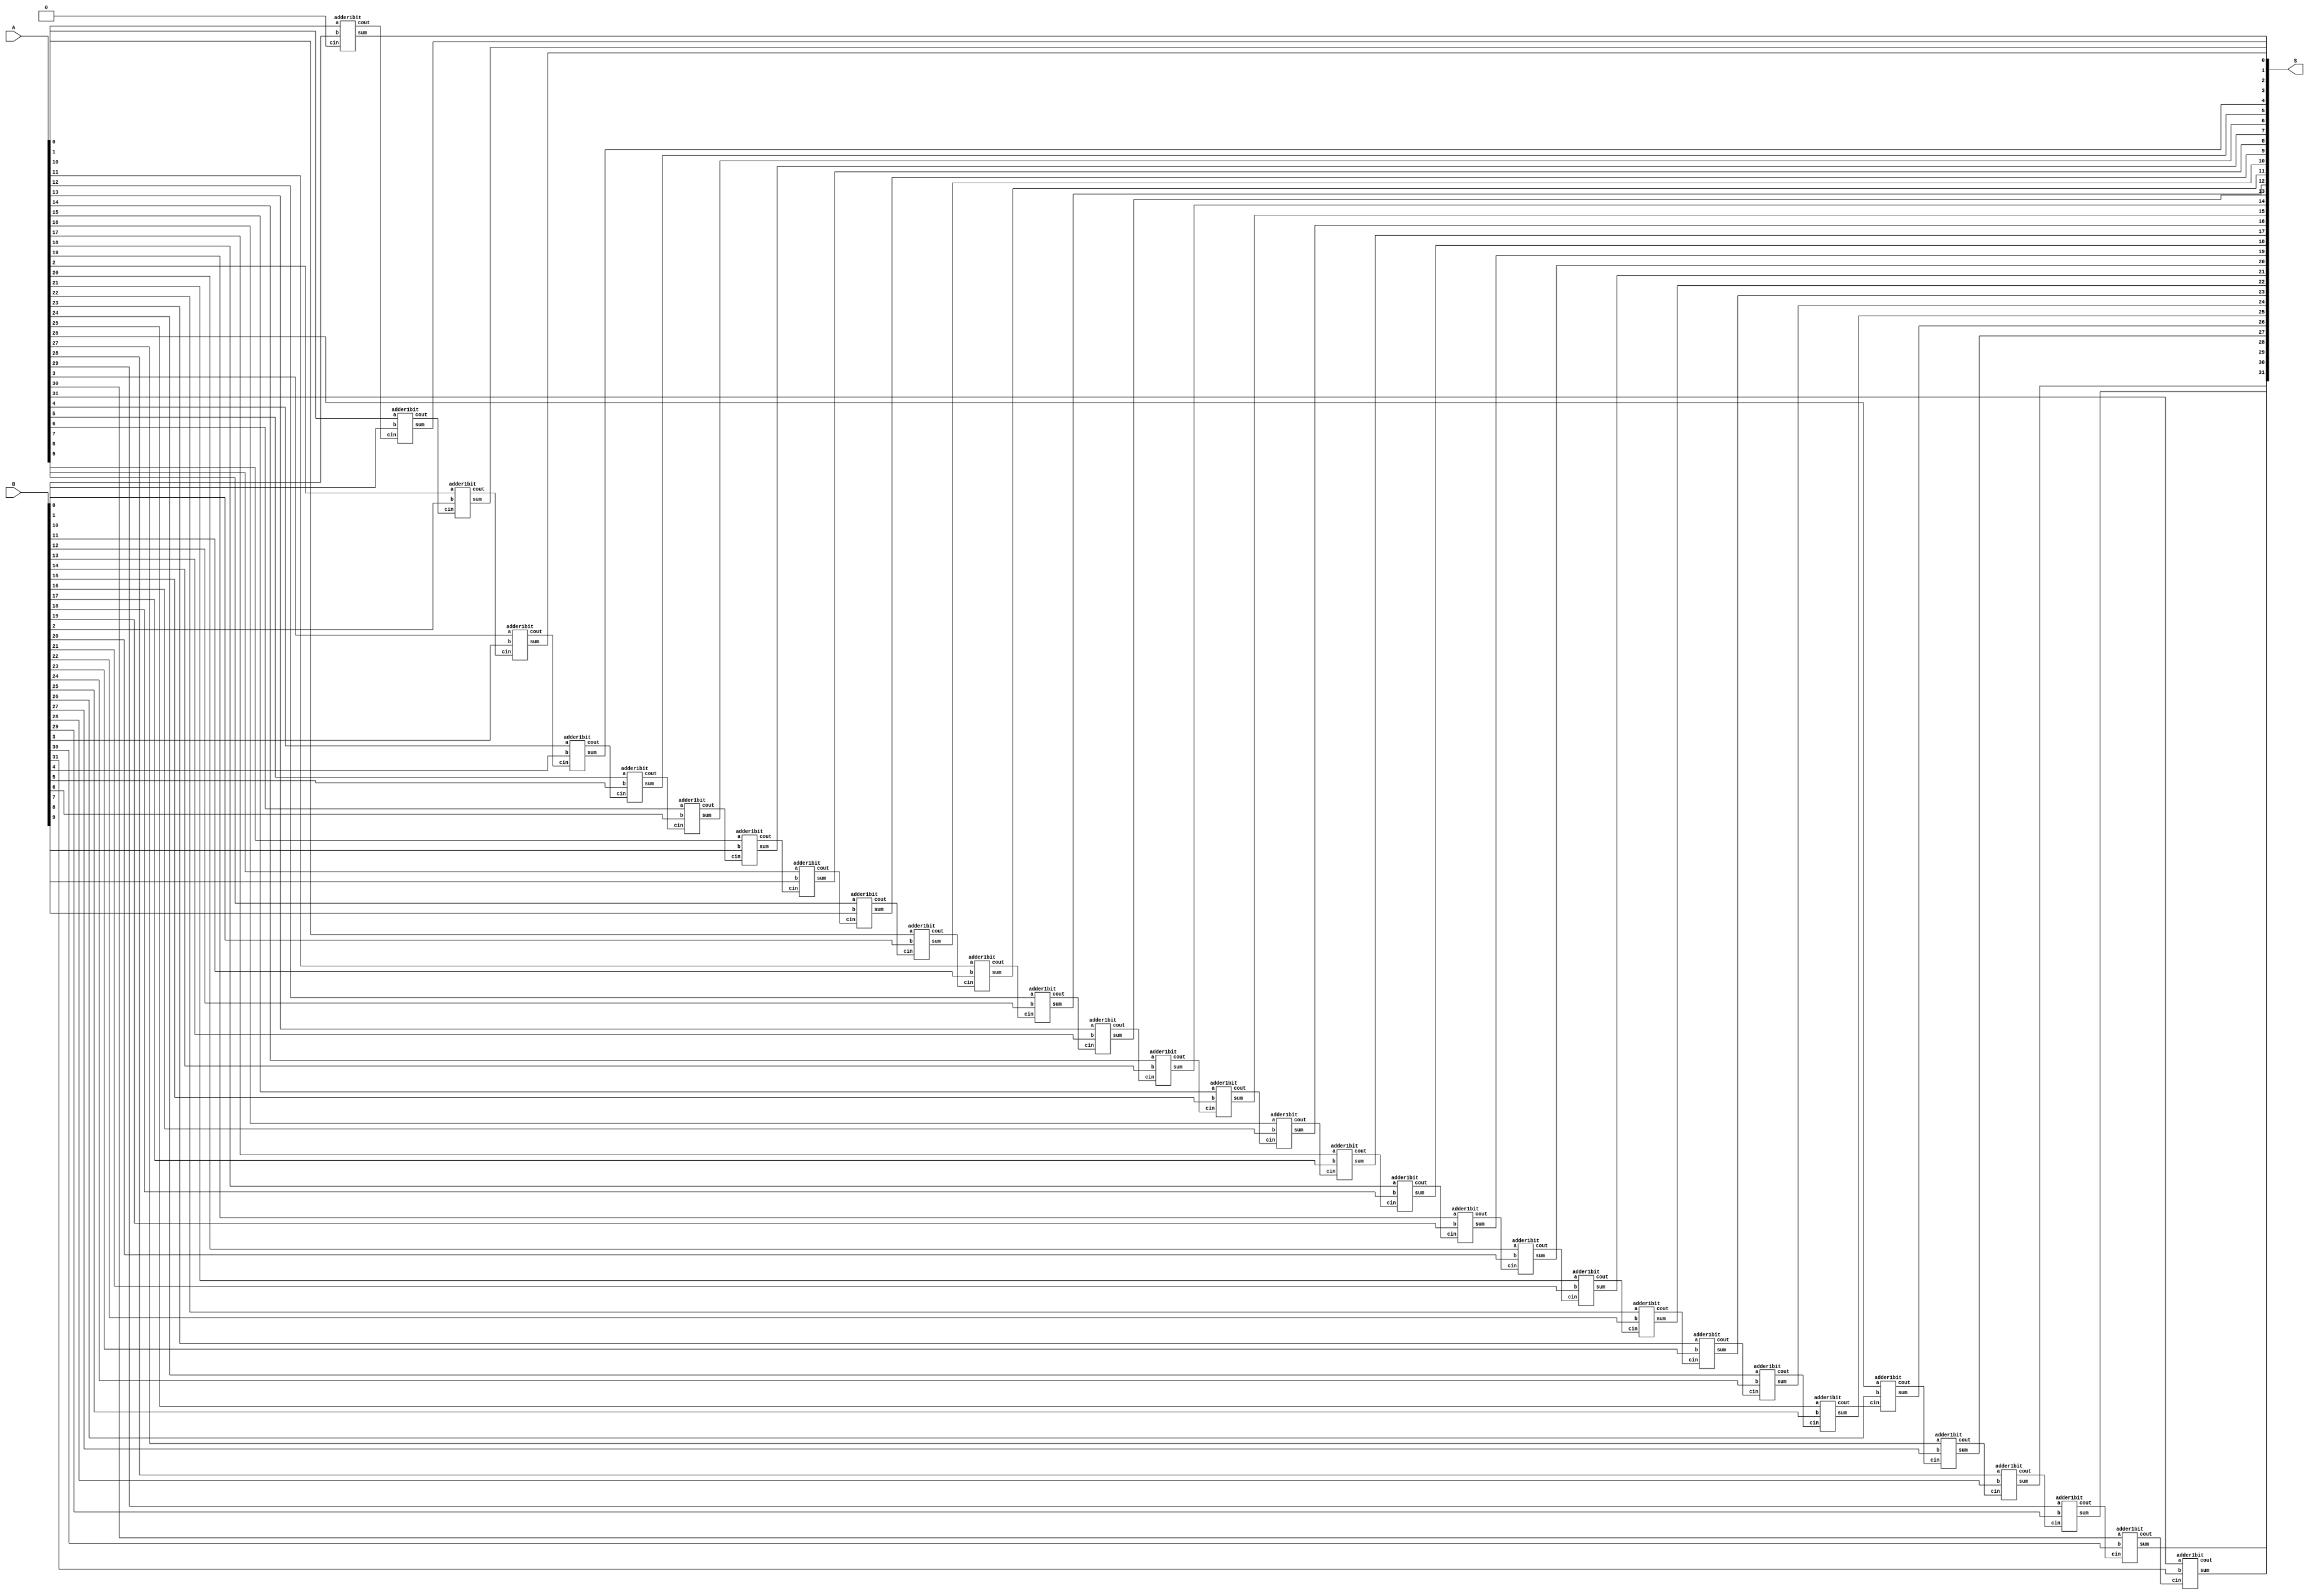
//Designing a 32-bit address

`timescale 1 ps / 100 fs
module Add(S,A,B);
output [31:0] S;
input [31:0] A,B;
wire [31:0] C;
 adder1bit adder1bit0(S[0],C[0],A[0],B[0],1'b0);
 adder1bit adder1bit1(S[1],C[1],A[1],B[1],C[0]);
 adder1bit adder1bit2(S[2],C[2],A[2],B[2],C[1]);
 adder1bit adder1bit3(S[3],C[3],A[3],B[3],C[2]);
 adder1bit adder1bit4(S[4],C[4],A[4],B[4],C[3]);
 adder1bit adder1bit5(S[5],C[5],A[5],B[5],C[4]);
 adder1bit adder1bit6(S[6],C[6],A[6],B[6],C[5]);
 adder1bit adder1bit7(S[7],C[7],A[7],B[7],C[6]);
 adder1bit adder1bit8(S[8],C[8],A[8],B[8],C[7]);
 adder1bit adder1bit9(S[9],C[9],A[9],B[9],C[8]);
 adder1bit adder1bit10(S[10],C[10],A[10],B[10],C[9]);
 adder1bit adder1bit11(S[11],C[11],A[11],B[11],C[10]);
 adder1bit adder1bit12(S[12],C[12],A[12],B[12],C[11]);
 adder1bit adder1bit13(S[13],C[13],A[13],B[13],C[12]);
 adder1bit adder1bit14(S[14],C[14],A[14],B[14],C[13]);
 adder1bit adder1bit15(S[15],C[15],A[15],B[15],C[14]);
 adder1bit adder1bit16(S[16],C[16],A[16],B[16],C[15]);
 adder1bit adder1bit17(S[17],C[17],A[17],B[17],C[16]);
 adder1bit adder1bit18(S[18],C[18],A[18],B[18],C[17]);
 adder1bit adder1bit19(S[19],C[19],A[19],B[19],C[18]);
 adder1bit adder1bit20(S[20],C[20],A[20],B[20],C[19]);
 adder1bit adder1bit21(S[21],C[21],A[21],B[21],C[20]);
 adder1bit adder1bit22(S[22],C[22],A[22],B[22],C[21]);
 adder1bit adder1bit23(S[23],C[23],A[23],B[23],C[22]);
 adder1bit adder1bit24(S[24],C[24],A[24],B[24],C[23]);
 adder1bit adder1bit25(S[25],C[25],A[25],B[25],C[24]);
 adder1bit adder1bit26(S[26],C[26],A[26],B[26],C[25]);
 adder1bit adder1bit27(S[27],C[27],A[27],B[27],C[26]);
 adder1bit adder1bit28(S[28],C[28],A[28],B[28],C[27]);
 adder1bit adder1bit29(S[29],C[29],A[29],B[29],C[28]);
 adder1bit adder1bit30(S[30],C[30],A[30],B[30],C[29]);
 adder1bit adder1bit31(S[31],C[31],A[31],B[31],C[30]);

endmodule

//---------------------------------------------------------------------------------------------------

`timescale 1 ps / 100 fs
module adder1bit(sum,cout,a,b,cin);
input   a,b,cin;
output  cout,sum;
// sum = a xor b xor cin
xor #(50) (sum,a,b,cin);
// carry out = a.b + cin.(a+b)
and #(50) and1(c1,a,b);
or #(50) or1(c2,a,b);
and #(50) and2(c3,c2,cin);
or #(50) or2(cout,c1,c3);
endmodule